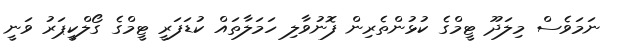
ނަމަވެސް މިލަދޫ ޓީމްގެ ކުޅުންތެރިން ފޮނުވާލި ހަމަލާތައް ކުޑަފަރީ ޓީމްގެ ގޯލްކީޕަރު ވަނީ